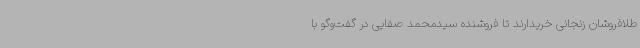
طلافروشان زنجانی خریدارند تا فروشنده سیدمحمد صفایی در گفت‌وگو با